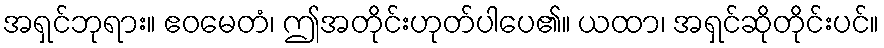
အရှင်ဘုရား။ ဧဝမေတံ၊ ဤအတိုင်းဟုတ်ပါပေ၏။ ယထာ၊ အရှင်ဆိုတိုင်းပင်။